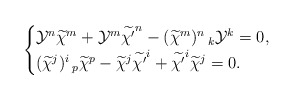
\begin{align*}\begin{cases}\mathcal{Y}^{n}\widetilde{\chi}^{m}+\mathcal{Y}^{m}\widetilde{\chi'}^{n}-(\widetilde{\chi}^{m})^{n}\,_{k}\mathcal{Y}^{k}=0,\cr(\widetilde{\chi}^{j})^{i}\,_{p}\widetilde{\chi}^{p}-\widetilde{\chi}^{j}\widetilde{\chi'}^{i}+\widetilde{\chi'}^{i}\widetilde{\chi}^{j}=0.\end{cases}\end{align*}